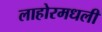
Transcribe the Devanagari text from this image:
लाहोरमधली